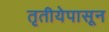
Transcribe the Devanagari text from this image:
तृतीयेपासून